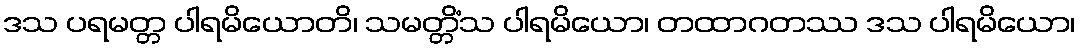
ဒသ ပရမတ္တ ပါရမိယောတိ၊ သမတ္တိံသ ပါရမိယော၊ တထာဂတဿ ဒသ ပါရမိယော၊